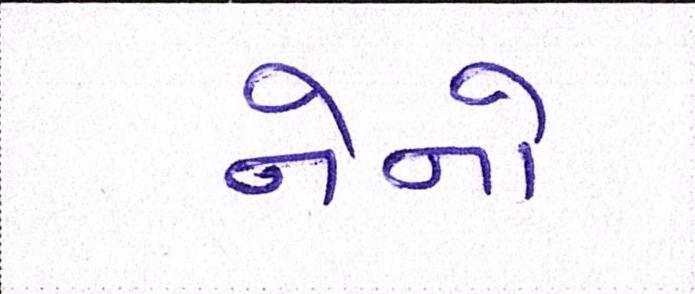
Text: નેનો